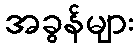
အခွန်များ